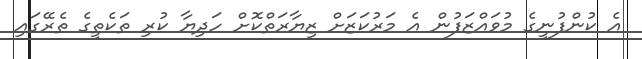
އެ ކުންފުނީގެ މުވައްޒަފުން އެ މަރުކަޒަށް ޒިޔާރަތްކޮށް ހަދިޔާ ކުރި ތަކެތީގެ ތެރޭގައި